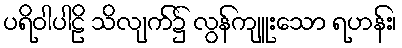
ပရိဝါပါဠိ သိလျက်၌ လွန်ကျူးသော ရဟန်း၊